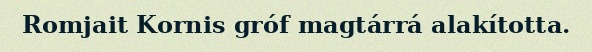
Romjait Kornis gróf magtárrá alakította.